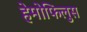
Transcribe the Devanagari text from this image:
हेमोफिलुस